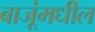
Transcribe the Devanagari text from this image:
बाजूंमधील